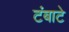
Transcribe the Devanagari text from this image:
टंबाटे